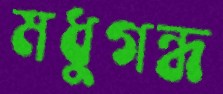
মধুগন্ধ